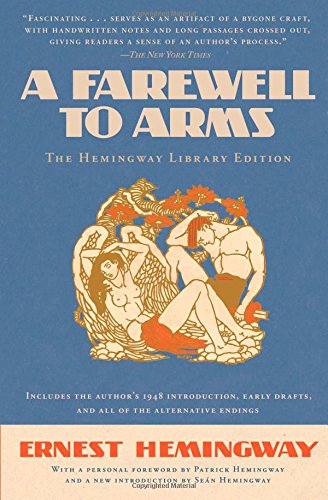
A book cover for A Farewell to Arms: The Hemingway Library Edition; Ernest Hemingway; Literature & Fiction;